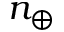
n _ { \oplus }